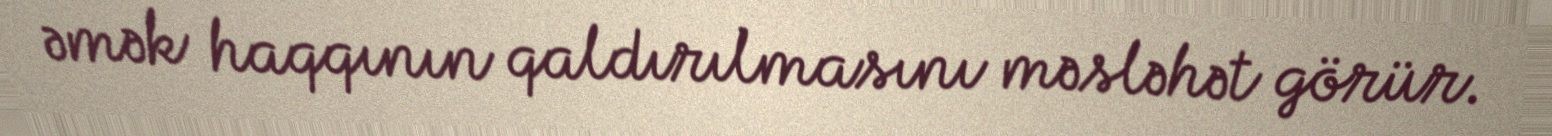
əmək haqqının qaldırılmasını məsləhət görür.